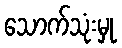
သောက်သုံးမှု